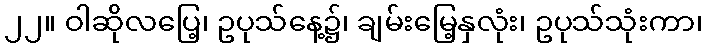
၂၂။ ဝါဆိုလပြေ့၊ ဥပုသ်နေ့၌၊ ချမ်းမြေ့နှလုံး၊ ဥပုသ်သုံးကာ၊